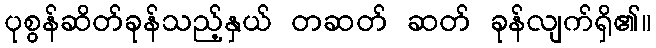
ပုစွန်ဆိတ်ခုန်သည့်နှယ် တဆတ် ဆတ် ခုန်လျက်ရှိ၏။